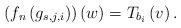
LaTeX: \begin{align*}\left(f_{n}\left(g_{s,j,i}\right)\right)\left(w\right)=T_{b_{i}}\left(v\right).\end{align*}